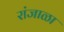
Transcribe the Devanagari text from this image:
रांजाळा